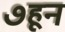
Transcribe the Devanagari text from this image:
७हून